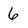
Character: 6